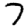
Digit: 7